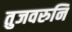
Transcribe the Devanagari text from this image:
तुजवरुनि